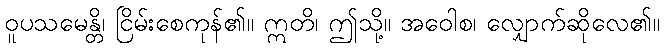
ဝူပသမေန္တိ၊ ငြိမ်းစေကုန်၏။ ဣတိ၊ ဤသို့။ အဝေါစ၊ လျှောက်ဆိုလေ၏။